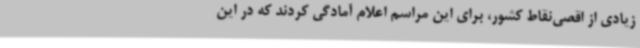
زیادی از اقصی‌نقاط کشور، برای این مراسم اعلام آمادگی کردند که در این